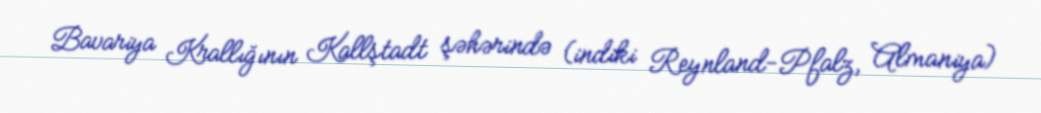
Bavariya Krallığının Kallştadt şəhərində (indiki Reynland-Pfalz, Almaniya)